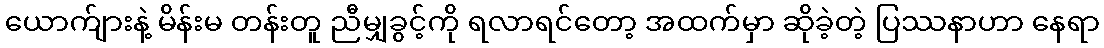
ယောက်ျားနဲ့ မိန်းမ တန်းတူ ညီမျှခွင့်ကို ရလာရင်တော့ အထက်မှာ ဆိုခဲ့တဲ့ ပြဿနာဟာ နေရာ